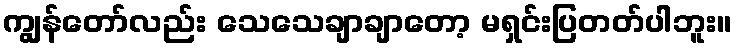
ကျွန်တော်လည်း သေသေချာချာတော့ မရှင်းပြတတ်ပါဘူး။